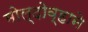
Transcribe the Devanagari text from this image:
मोल्दोव्हाने